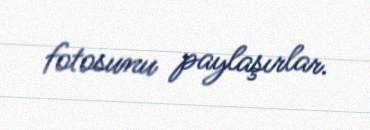
fotosunu paylaşırlar.